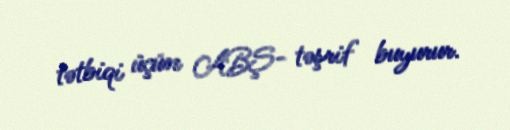
tətbiqi üçün ABŞ- təşrif buyurur.